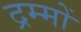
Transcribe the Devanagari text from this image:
द्रम्मों